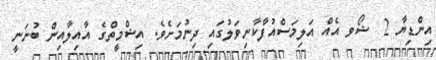
އިންޑިޔާ 2  ޝޯވ އެއް އަލިމަސްއުފާކާނިވަލުގައި ދިނުމަށެވެ. އިޝްމީތްގެ އާއިލާއިން ބުނަނީ